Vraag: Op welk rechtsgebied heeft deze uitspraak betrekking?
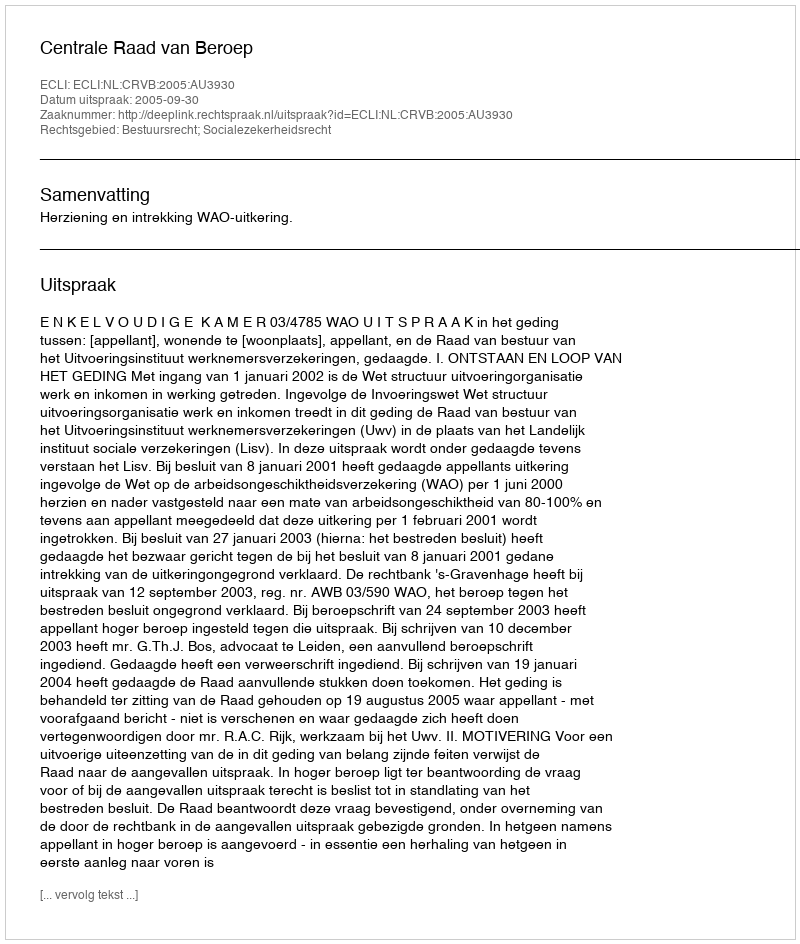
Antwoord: Bestuursrecht; Socialezekerheidsrecht